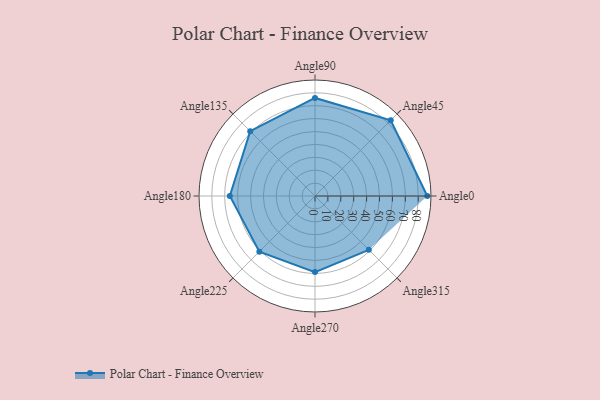
{"axis": {"x": "Angle", "y": "Radius"}, "legend": [""], "data": [{"x": "Angle0", "y": 87.0, "type": ""}, {"x": "Angle45", "y": 83.0, "type": ""}, {"x": "Angle90", "y": 76.0, "type": ""}, {"x": "Angle135", "y": 71.0, "type": ""}, {"x": "Angle180", "y": 66.0, "type": ""}, {"x": "Angle225", "y": 61.0, "type": ""}, {"x": "Angle270", "y": 59.0, "type": ""}, {"x": "Angle315", "y": 59.0, "type": ""}]}